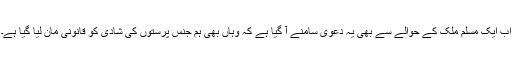
اب ایک مسلم ملک کے حوالے سے بھی یہ دعویٰ سامنے آ گیا ہے کہ وہاں بھی ہم جنس پرستوں کی شادی کو قانونی مان لیا گیا ہے۔